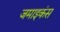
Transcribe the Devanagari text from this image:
जमाइकंस